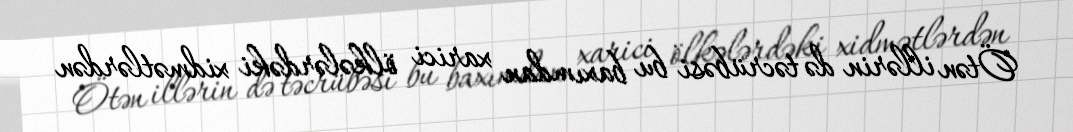
Ötən illərin də təcrübəsi bu baxımdan xarici ölkələrdəki xidmətlərdən